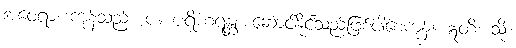
အဝေရာ၊ ကုန်သည်။ ပ။ ပရိဟရန္တု၊ ဆောင်နိုင်သည်ဖြစ်ပါစေကုန်။ ဣတိ၊ သို့။